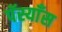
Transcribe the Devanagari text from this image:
पॅस्याँस